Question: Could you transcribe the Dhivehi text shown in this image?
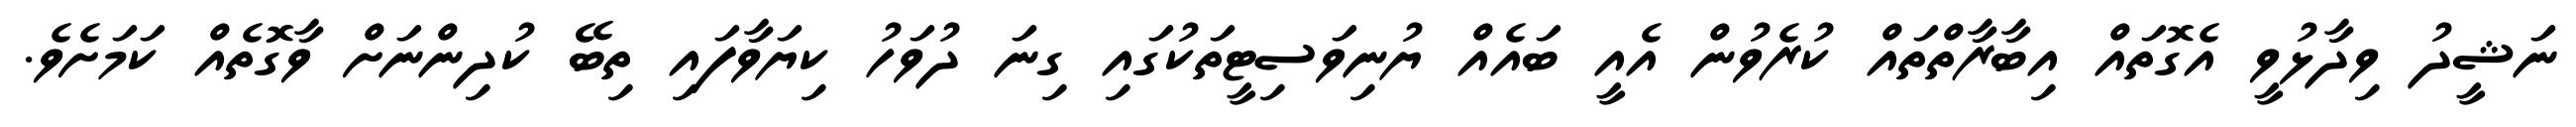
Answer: ނަޝީދު ވިދާޅުވީ އެގޮތައް އިބާރާތްތައް ކުރެވުން އެއީ ބައެއް ޔުނިވަސިޓީތަކުގައި ގިނަ ދުވަހު ކިޔަވާފައި ތިބޭ ކުދިންނަށް ވާގޮތެއް ކަމަށެވެ.